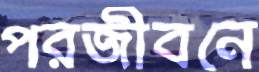
পরজীবনে